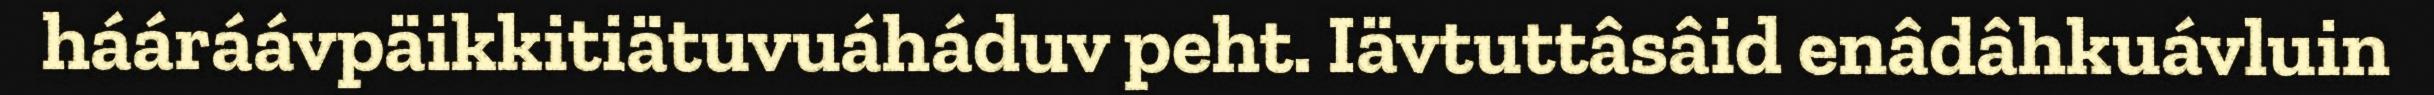
hááráávpäikkitiätuvuáháduv peht. Iävtuttâsâid enâdâhkuávluin